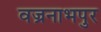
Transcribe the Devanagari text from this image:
वज्रनाभपुर